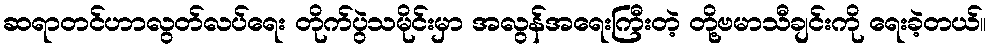
ဆရာတင်ဟာလွတ်လပ်ရေး တိုက်ပွဲသမိုင်းမှာ အလွန်အရေးကြီးတဲ့ တို့ဗမာသီချင်းကို ရေးခဲ့တယ်။